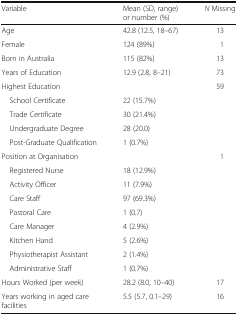
<table><thead><tr><td><b>Variable</b></td><td><b>Mean (SD, range) or number (%)</b></td><td><b><i>N</i> Missing</b></td></tr></thead><tbody><tr><td>Age</td><td>42.8 (12.5, 18–67)</td><td>13</td></tr><tr><td>Female</td><td>124 (89%)</td><td>1</td></tr><tr><td>Born in Australia</td><td>115 (82%)</td><td>13</td></tr><tr><td>Years of Education</td><td>12.9 (2.8, 8–21)</td><td>73</td></tr><tr><td>Highest Education</td><td></td><td>59</td></tr><tr><td> School Certificate</td><td>22 (15.7%)</td><td></td></tr><tr><td> Trade Certificate</td><td>30 (21.4%)</td><td></td></tr><tr><td> Undergraduate Degree</td><td>28 (20.0)</td><td></td></tr><tr><td> Post-Graduate Qualification</td><td>1 (0.7%)</td><td></td></tr><tr><td>Position at Organisation</td><td></td><td>1</td></tr><tr><td> Registered Nurse</td><td>18 (12.9%)</td><td></td></tr><tr><td> Activity Officer</td><td>11 (7.9%)</td><td></td></tr><tr><td> Care Staff</td><td>97 (69.3%)</td><td></td></tr><tr><td> Pastoral Care</td><td>1 (0.7)</td><td></td></tr><tr><td> Care Manager</td><td>4 (2.9%)</td><td></td></tr><tr><td> Kitchen Hand</td><td>5 (2.6%)</td><td></td></tr><tr><td> Physiotherapist Assistant</td><td>2 (1.4%)</td><td></td></tr><tr><td> Administrative Staff</td><td>1 (0.7%)</td><td></td></tr><tr><td>Hours Worked (per week)</td><td>28.2 (8.0, 10–40)</td><td>17</td></tr><tr><td>Years working in aged care facilities</td><td>5.5 (5.7, 0.1–29)</td><td>16</td></tr></tbody></table>